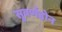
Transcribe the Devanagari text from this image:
सुवर्णहोन